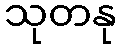
သုတနု